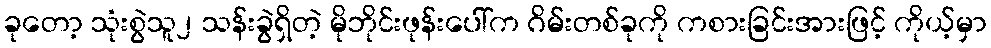
ခုတော့ သုံးစွဲသူ၂ သန်းခွဲရှိတဲ့ မိုဘိုင်းဖုန်းပေါ်က ဂိမ်းတစ်ခုကို ကစားခြင်းအားဖြင့် ကိုယ့်မှာ